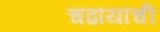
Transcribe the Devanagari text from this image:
चढायांची